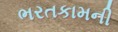
ભરતકામની